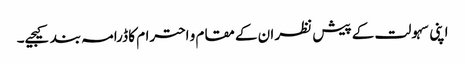
اپنی سہولت کے پیش نظر ان کے مقام و احترام کا ڈرامہ بند کیجیے۔